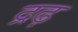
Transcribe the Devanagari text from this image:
द्रढ़